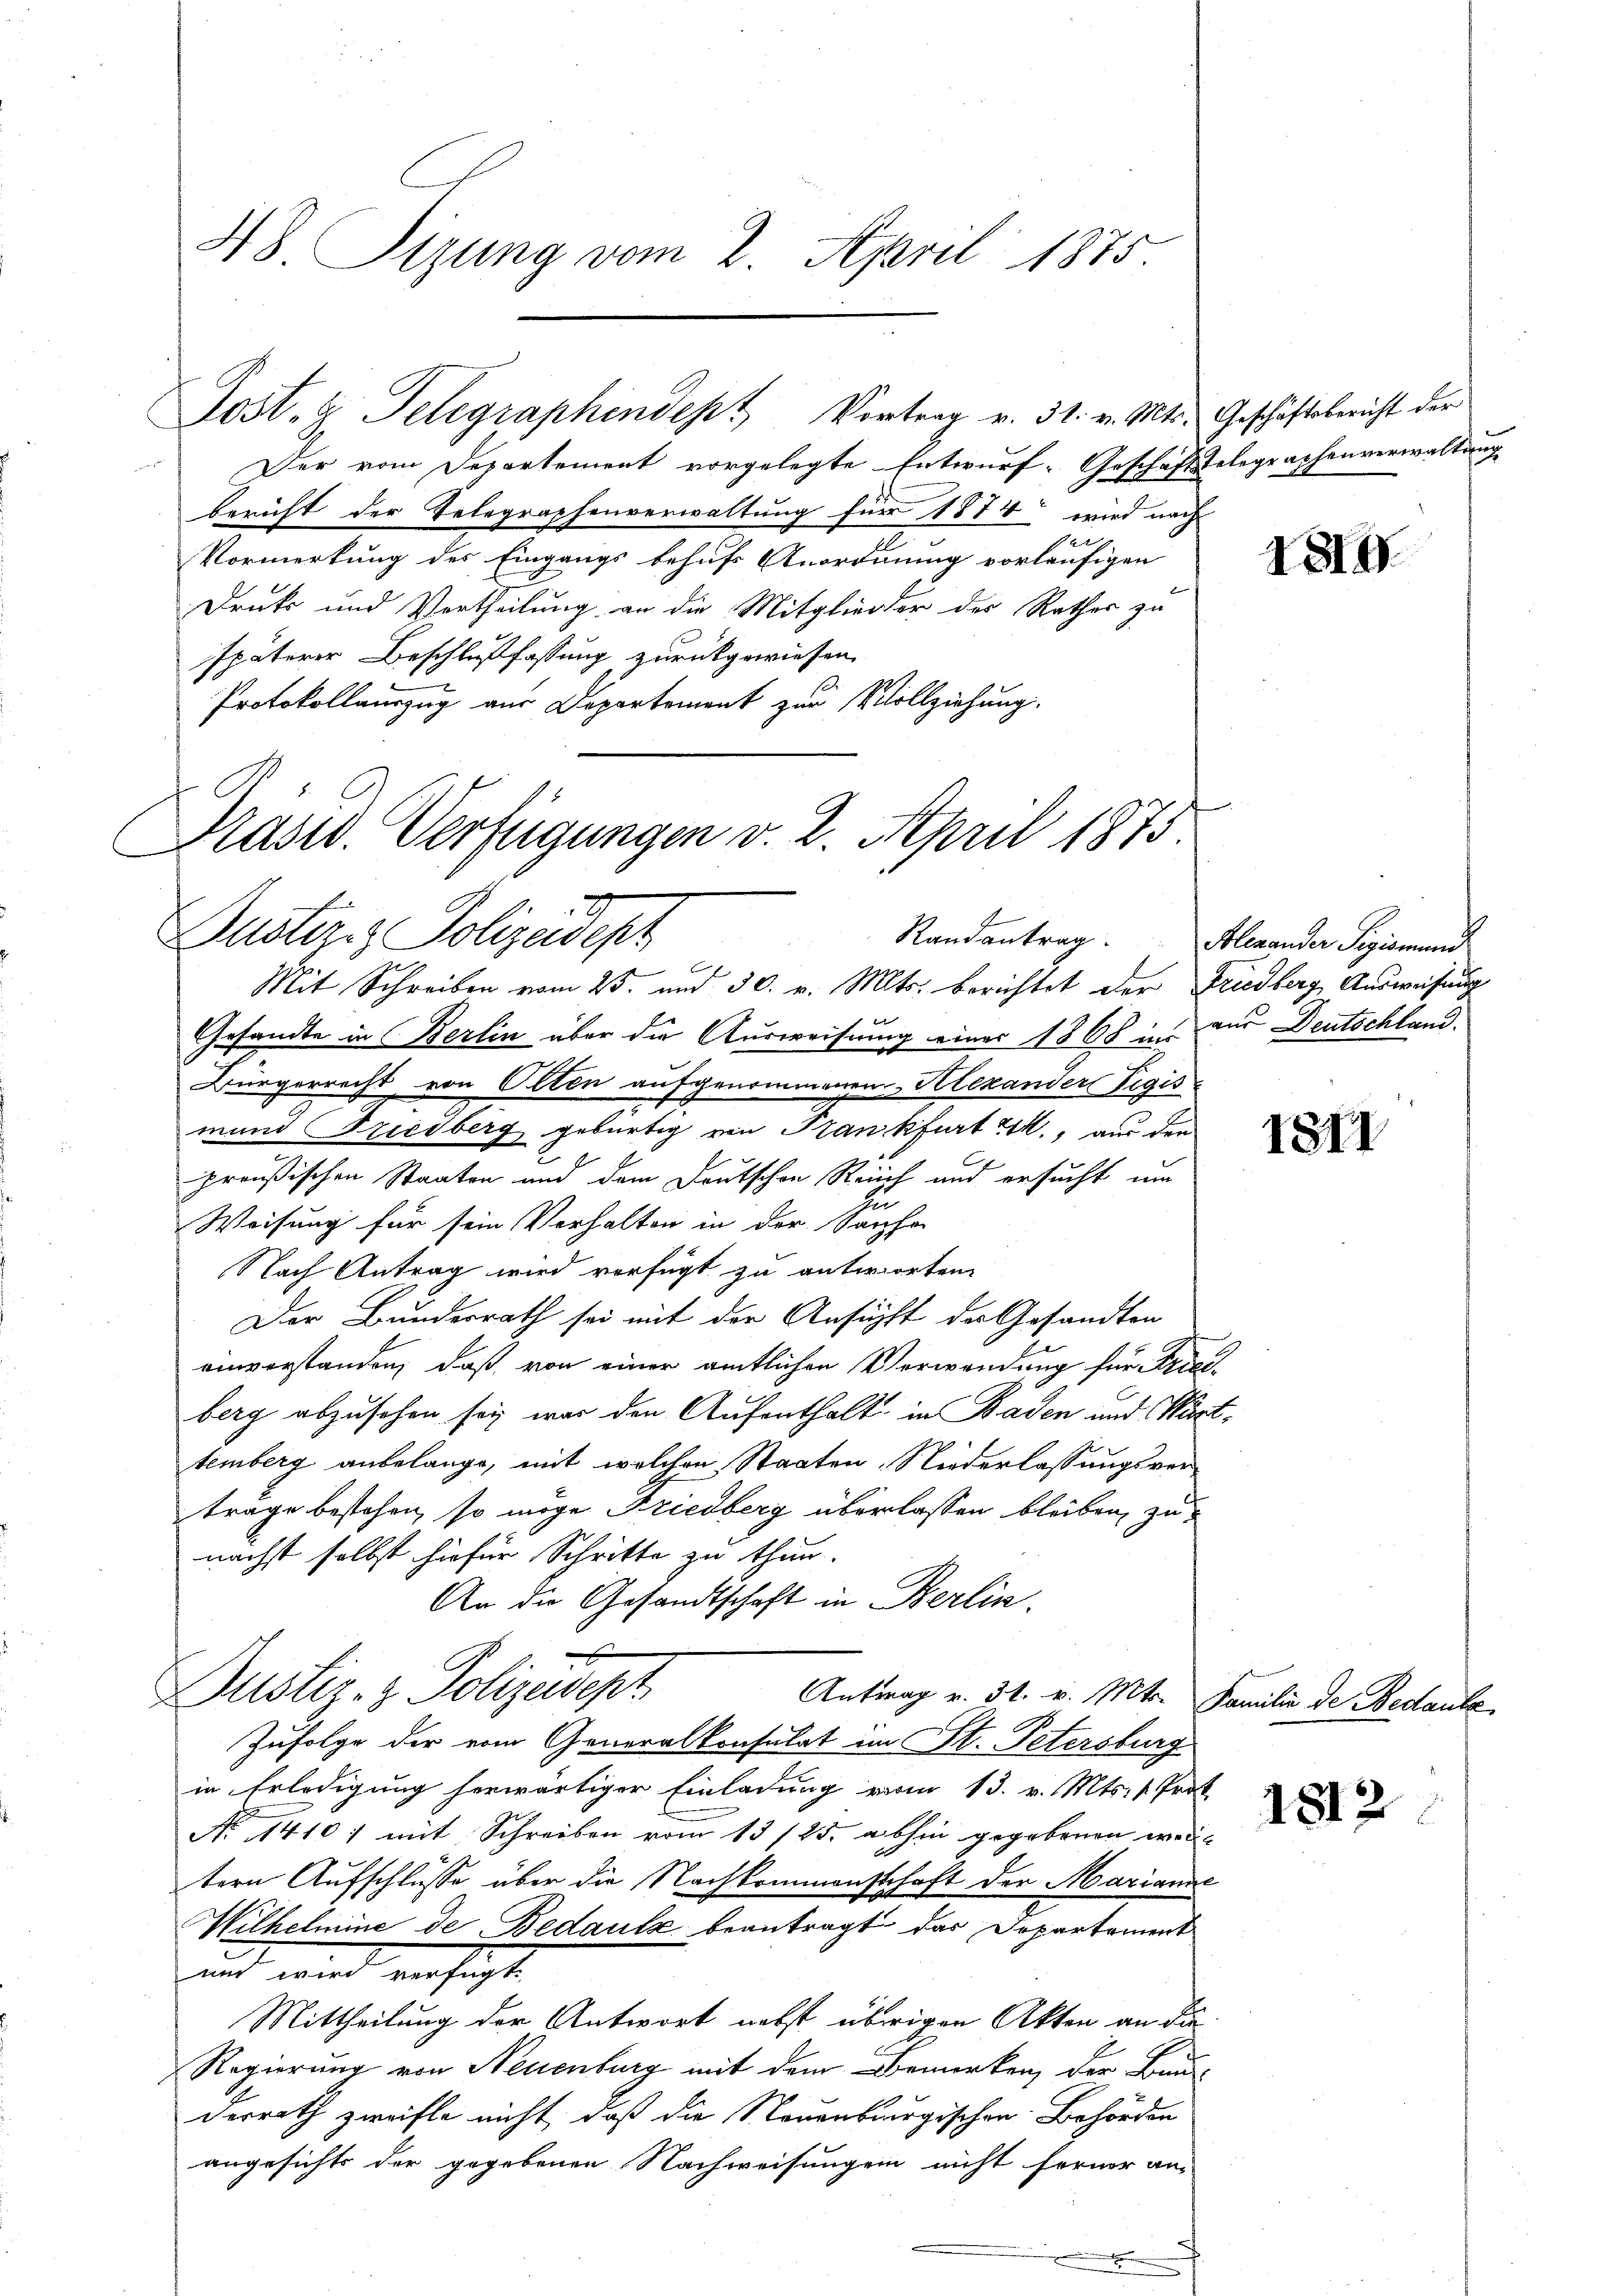
48 Sizung vom 2. April 1875.

Post- & Telegraphindept Vortrag v. 31. v. Mts. Geschäftsbericht der

Der vom Departement vorgelegte Entwurf-Geschäftstelegraphenverwaltung
bericht der Telegraphenverwaltung für 1874 wird nach

Vormerkung des Eingangs behufs Anordnung vorläufigen
Druk und Vertheilung an die Mitglieder des Rathes zu
späterer Beschlußfassung zurückgewiesen,
Protokollauszug aus Departement zur Vollziehung.
Präsid. Verfügungen v. 2. April 1875

Randantrag
Puster & Polizeidept

i
Mit Schreiben vom 25. und 30. v. Mts. berichtet der Friedberg, Ausweisung
let
Gesandte in Berlin über die Ausweisung einer 1868 in aus Deutschland.
Bürgerrecht von Olten aufgenommenen Alexander Tigis-
mund Friedberg gebürtig ein Frankfurt k., aus den
preußischen Staaten und dem Deutschen Reich und ersucht um
t
Weisung für sein Verhalten in der Sache
Nach Antrag wird verfügt zu antworten.
Der Bundesrath sei mit der Ansucht der Gesandten
einverstanden, daß von einer amtlichen Verwendung für Freiberg abzusehen sei war den Aufenthalt in Baden und Württemberg anbelangt, mit welchen Staaten, Niederlassungsver-
träge bestehen, so möge Friedberg überlassen bleiben, zunächst selbst hiefür Schritte zu thun.
An die Gesandtschaft in Berlin.
Dustiz- & Polizeidept
Antrag v. 31. v. Mts. Familie de Bedaute
Zufolge der vom Generalkonsulat im St. Petersburg
in Erledigung herwärtiger Einladung vom 13. v. Mts. v. Prok
No 1410) mit Schreiben vom 13/25. abhin gegebenen weitern Aufschlusse über die Nachkommenschaft der Marianne
Wilhelmine de Bedautz beantragt das Departement
und wird verfügt:
Mittheilung der Antwort nebst übrigen Akten an die
Regierung von Neuenburg mit dem Bemerken, der Bunde
derrath zweifle nicht, daß die Steuenburgischen Behörden
angesichts der gegebenen Nachweisungen nicht ferner an-

1814

Alexander Sigismund

III

1812.